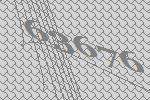
63676